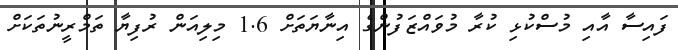
ފައިސާ އާއި މުސްކުޅި ކުރާ މުވައްޒަފުންގެ އިނާޔަތަށް 1.6 މިލިއަން ރުފިޔާ ތަމްރީނުތަކަށް